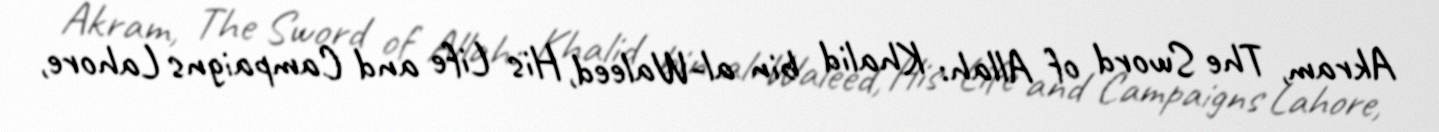
Akram, The Sword of Allah: Khalid bin al-Waleed, His Life and Campaigns Lahore,